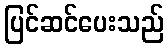
ပြင်ဆင်ပေးသည်